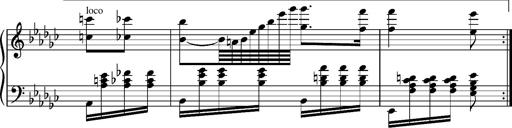
Title: Glasgow fragment, S.701f
Composer: Franz Liszt
Key: E-flat minor